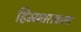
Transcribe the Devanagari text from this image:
हिम्मतरावाला